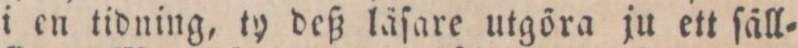
i en tidning, ty deß låſare utgöra ju ett ſäll=